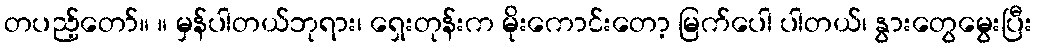
တပည့်တော်။ ။ မှန်ပါတယ်ဘုရား၊ ရှေးတုန်းက မိုးကောင်းတော့ မြက်ပေါ ပါတယ်၊ နွားတွေမွေးပြီး